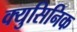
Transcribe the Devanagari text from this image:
क्युसिनिक